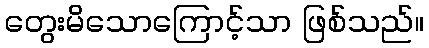
တွေးမိသောကြောင့်သာ ဖြစ်သည်။